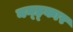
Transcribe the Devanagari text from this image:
नन्ह्कार